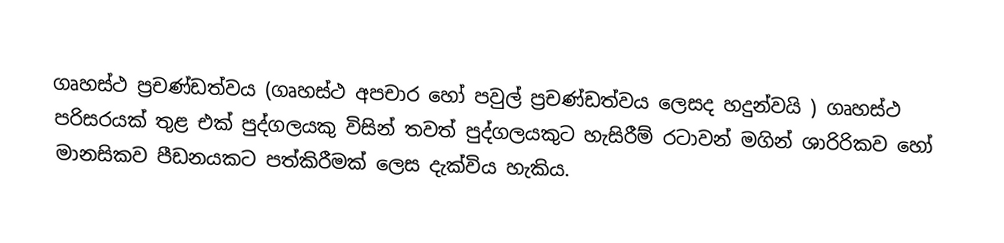
ගෘහස්ථ ප්‍රචණ්ඩත්වය (ගෘහස්ථ අපචාර හෝ පවුල් ප්‍රචණ්ඩත්වය ලෙසද හදුන්වයි ) ගෘහස්ථ පරිසරයක් තුළ එක් පුද්ගලයකු විසින් තවත් පුද්ගලයකුට හැසිරීම් රටාවන් මගින් ශාරිරිකව හෝ මානසිකව පීඩනයකට පත්කිරීමක් ලෙස දැක්විය හැකිය.